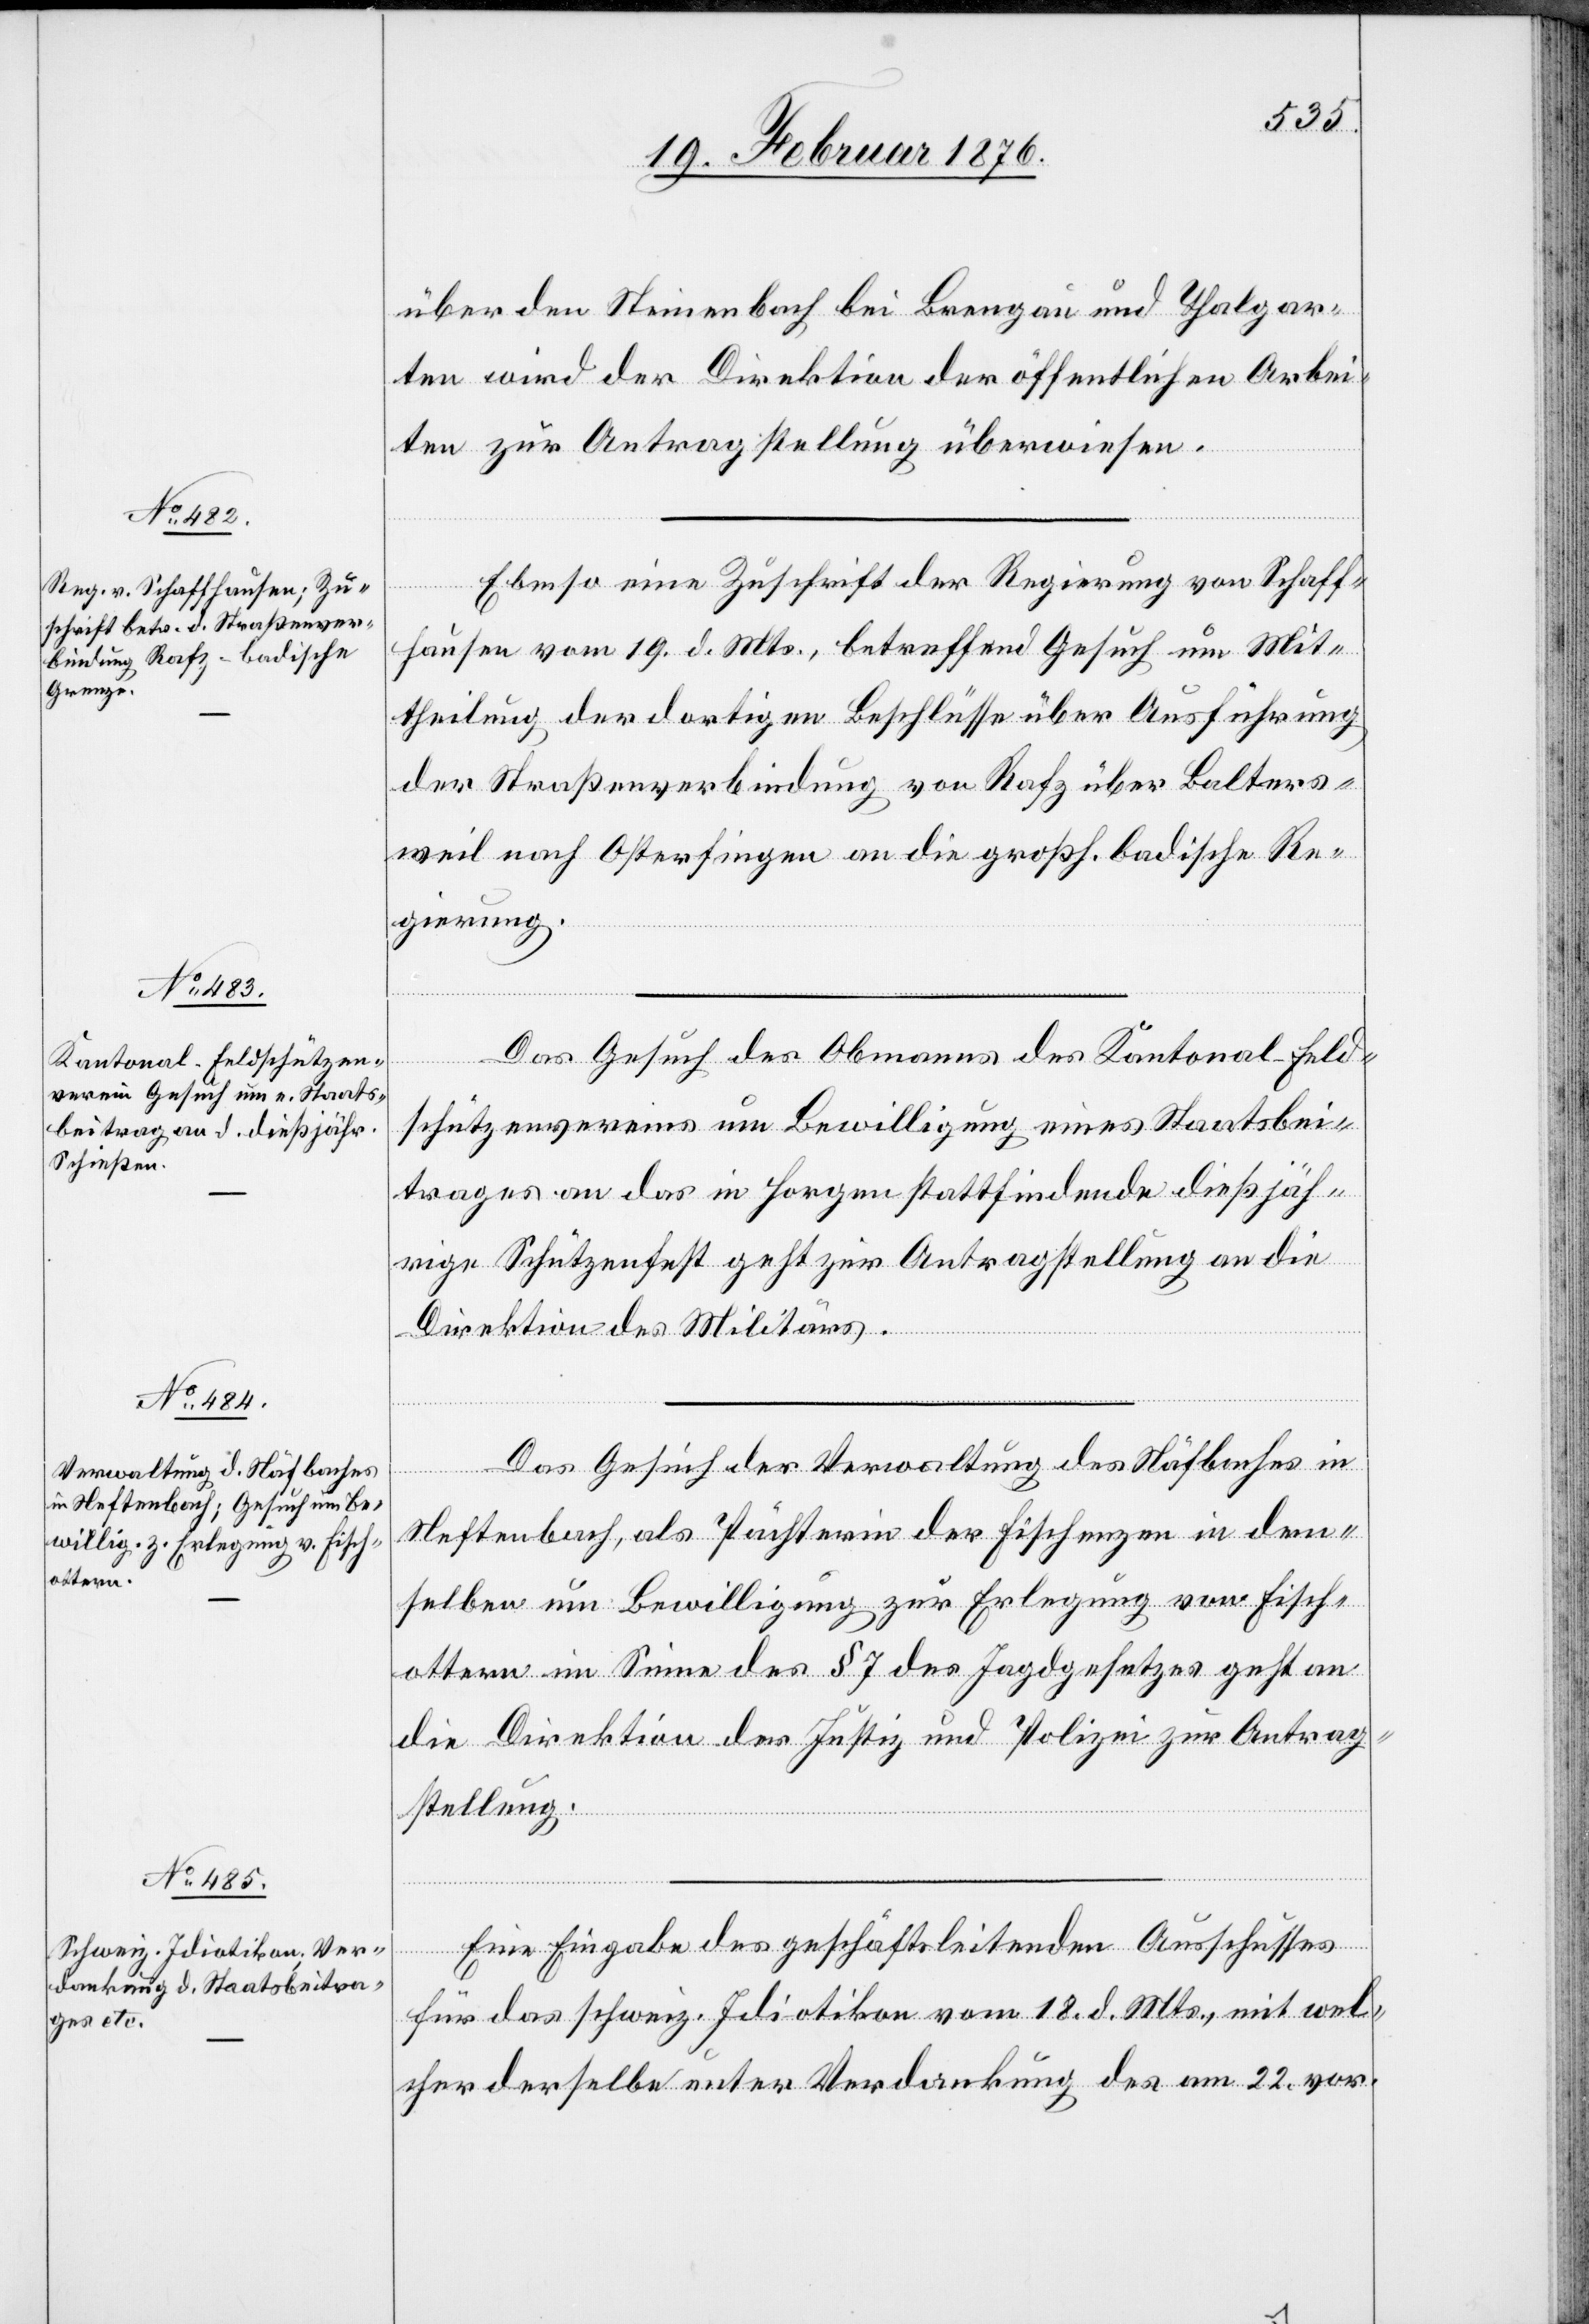
23. Februar 1876.]
über den Steinenbach bei Brengau und Thalgar¬
ten wird er Direktion der öffentlichen Arbei¬
ten zur Antragstellung überwiesen.
Ebenso eine Zuschrift der Regierung von Schaff¬
hausen vom 19. d. Mts., betreffend Gesuch um Mit¬
theilung der dortigen Beschlüsse über Ausführung
der Straßenverbindung von Rafz über Balters¬
weil nach Osterfingen an die großh. badische Re¬
gierung.
Das Gesuch des Obmannes des Kantonal-Feld¬
schützenvereins um Bewilligung eines Staatsbei¬
trages an das in Horgen stattfindende dießjäh¬
rige Schützenfest geht zur Antragstellung an die
Direktion des Militärs.
Das Gesuch der Verwaltung des Näfbaches in
Neftenbach, als Pächterin der Fischenzen in dem¬
selben um Bewilligung zur Erlegung von Fisch¬
ottern im Sinne des § 7 des Jagdgesetzes geht an
die Direktion der Justiz und Polizei zur Antrag¬
stellung.
für das schweiz. Idiotikon vom 18. d. Mts., mit wel¬
cher derselbe unter Verdankung des am 22. vor.